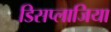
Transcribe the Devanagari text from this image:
डिसप्लाजिया